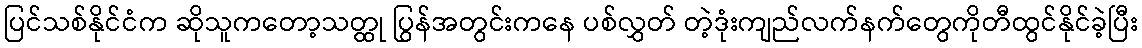
ပြင်သစ်နိုင်ငံက ဆိုသူကတော့သတ္ထု ပြွန်အတွင်းကနေ ပစ်လွှတ် တဲ့ဒုံးကျည်လက်နက်တွေကိုတီထွင်နိုင်ခဲ့ပြီး